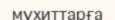
мұхиттарға